Source: Handwritten
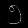
Digit: ၅ (5)